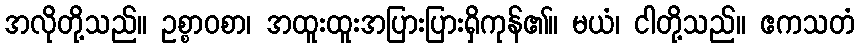
အလိုတို့သည်။ ဥစ္စာဝစာ၊ အထူးထူးအပြားပြားရှိကုန်၏။ မယံ၊ ငါတို့သည်။ ဧကသတံ